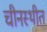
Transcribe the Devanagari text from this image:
चीनस्थीत